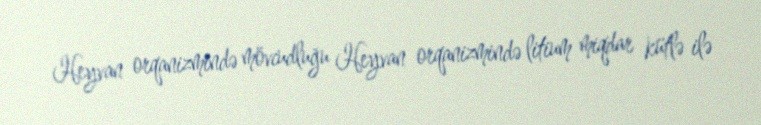
Heyvan orqanizmində mövcudluğu Heyvan orqanizmində litium miqdar kütlə ilə